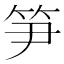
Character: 笋